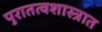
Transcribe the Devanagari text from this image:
पुरातत्वशास्त्रात